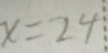
x = 2 4